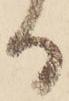
る